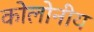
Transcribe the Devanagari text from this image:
कोलोनीय